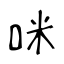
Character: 咪